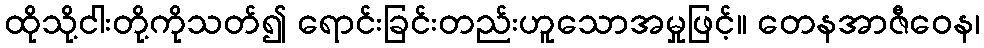
ထိုသို့ငါးတို့ကိုသတ်၍ ရောင်းခြင်းတည်းဟူသောအမှုဖြင့်။ တေနအာဇီဝေန၊